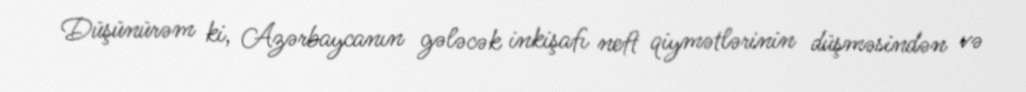
Düşünürəm ki, Azərbaycanın gələcək inkişafı neft qiymətlərinin düşməsindən və